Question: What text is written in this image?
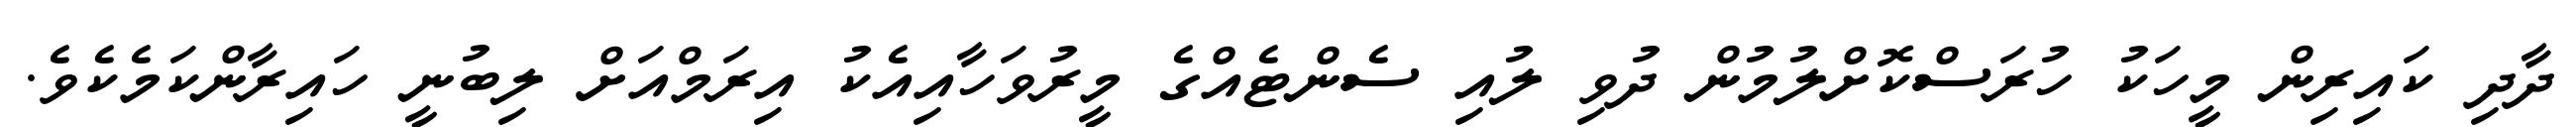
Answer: ދާދި ކައިރިން މީހަކު ހުރަސްކޮށްލުމުން ދުވި ލުއި ސެންޓެއްގެ މީރުވަހާއިއެކު އިރަމްއަށް ލިބުނީ ހައިރާންކަމެކެވެ.